Report on the metropolitan horse fairs and district horse shows of 1892-93 - 1892-1893
Year: 1892
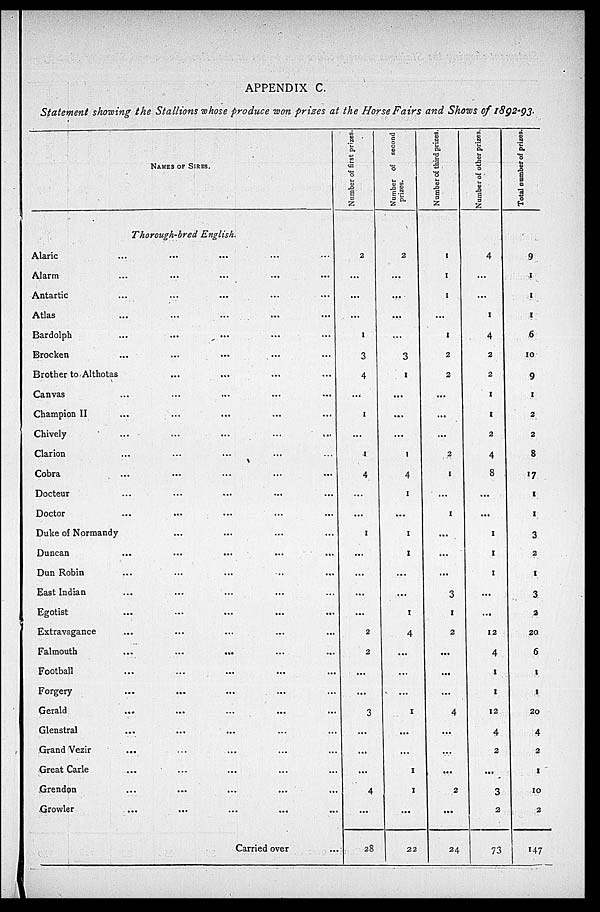
APPENDIX C.
Statement showing the Stallions whose produce won prizes at the Horse Fairs and Shows of 1892-93.
NAMES OF SIRES.
Thorough-bred English.
Alaric ... ... ... ...
Alarm ... ... ... ...
Antartic ... ... ... ...
Atlas ... ... ... ...
Bardolph ... ... ... ...
Brocken ... ... ... ...
Brother to Althotas ... ... ... ...
Canvas ... ... ... ...
Champion II ... ... ... ...
Chively ... ... ... ...
Clarion ... ... ... ...
Cobra ... ... ... ...
Docteur ... ... ... ...
Doctor ... ... ... ...
Duke of Normandy ... ... ... ...
Duncan ... ... ... ...
Dun Robin ... ... ... ...
East Indian ... ... ... ...
Egotist ... ... ... ...
Extravagance ... ... ... ...
Falmouth
...
...
...
Football ... ... ... ...
Forgery ... ... ... ...
Gerald ... ... ... ...
Glenstral ... ... ... ...
Grand Vezir ... ... ... ...
Great Carle ... ... ... ...
Grendon ... ... ... ...
Growler ... ... ... ...
Carried over ...
Number of first prizes.
2
...
...
...
1
3
4
...
1
...
1
4
...
...
1
...
...
...
...
2
2
...
...
3
...
...
...
4
...
28
Number of second
prizes.
2
...
...
...
...
3
1
...
...
...
1
4
1
...
1
1
...
...
1
4
...
...
...
1
...
...
1
1
...
22
Number of third prizes.
1
1
1
...
1
2
2
...
...
...
2
1
...
1
...
...
...
3
1
2
...
...
...
4
...
...
...
2
...
24
Number of other prizes
4
...
...
1
4
2
2
1
1
2
4
8
...
...
1
1
1
...
...
12
4
1
1
12
4
2
...
3
2
73
Total number of prizes.
9
1
1
1
6
10
9
1
2
2
8
17
1
1
3
2
1
3
2
20
6
1
1
20
4
2
1
10
2
147